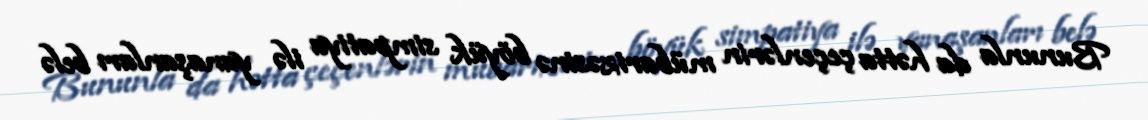
Bununla da hətta çeçenlərin mübarizəsinə böyük simpatiya ilə yanaşanları belə